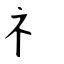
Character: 礻